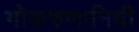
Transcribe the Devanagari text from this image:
गोकरुणानिधी